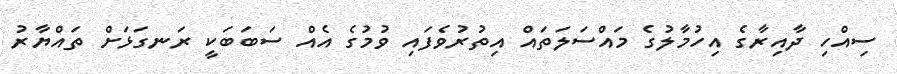
ސިއްހި ދާއިރާގެ އިހުމާލުގެ މައްސަލަތައް އިތުރުވެފައި ވުމުގެ އެއް ސަބަބަކީ ރަނގަޅަށް ތައްޔާރު